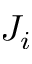
J _ { i }